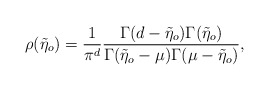
\begin{align*}\rho(\tilde{\eta}_{o})=\frac{1}{\pi^{d}}\frac{\Gamma(d-\tilde{\eta}_{o})\Gamma(\tilde{\eta}_{o})}{\Gamma(\tilde{\eta}_{o}-\mu)\Gamma(\mu-\tilde{\eta}_{o})},\end{align*}